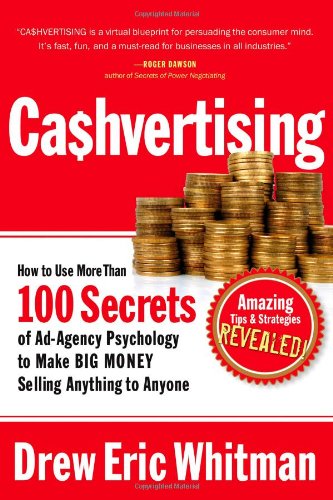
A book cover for CA$HVERTISING: How to Use More than 100 Secrets of Ad-Agency Psychology to Make Big Money Selling Anything to Anyone; Drew Eric Whitman; Business & Money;